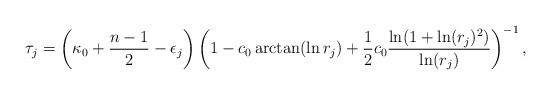
\begin{align*}\tau_j = \left(\kappa_0 + \frac{n-1}{2} - \epsilon_j \right) \left( 1 - c_0 \arctan(\ln r_j) + \frac{1}{2}c_0 \frac{\ln(1+\ln(r_j)^2)}{\ln(r_j)} \right)^{-1},\end{align*}